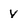
Character: y